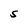
Character: S